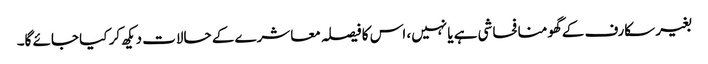
بغیر سکارف کے گھومنا فحاشی ہے یا نہیں، اس کا فیصلہ معاشرے کے حالات دیکھ کر کیا جائے گا۔